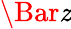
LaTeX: \Bar{\mathit{z}}